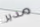
مدير